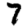
Digit: 7